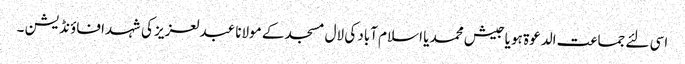
اسی لئے جماعت الدعوۃ ہو یا جیش محمد یا اسلام آباد کی لال مسجد کے مولانا عبدلعزیز کی شہدا فاؤنڈیشن ۔